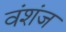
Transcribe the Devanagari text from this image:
वंशंज